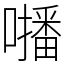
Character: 𡃓